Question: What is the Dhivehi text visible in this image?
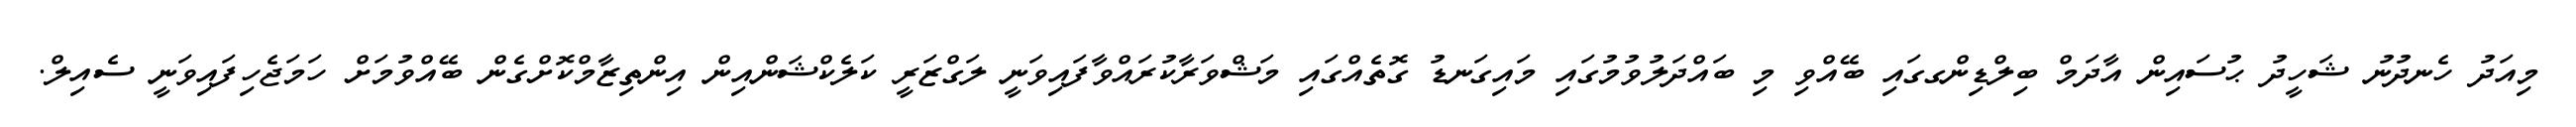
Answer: މިއަދު ހެނދުނު ޝަހީދު ޙުސައިން އާދަމް ބިލްޑިންގގައި ބޭއްވި މި ބައްދަލުވުމުގައި މައިގަނޑު ގޮތެއްގައި މަޝްވަރާކުރައްވާފައިވަނީ ލަގްޒަރީ ކަލެކްޝަންއިން އިންތިޒާމްކޮށްގެން ބޭއްވުމަށް ހަމަޖެހިފައިވަނީ ސެއިލް.